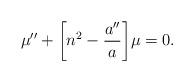
LaTeX: \begin{align*}\mu ''+\biggl[n^2-\frac{a''}{a}\biggr]\mu =0.\end{align*}